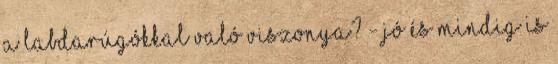
a labdarúgókkal való viszonya? - Jó és mindig is